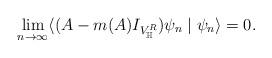
LaTeX: \begin{align*}\lim_{n\rightarrow\infty}\langle(A-m(A)I_{V_\mathbb{H}^R})\psi_{n}\mid\psi_{n}\rangle=0.\end{align*}